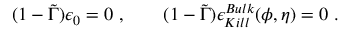
( 1 - \tilde { \Gamma } ) \epsilon _ { 0 } = 0 \ , \qquad ( 1 - \tilde { \Gamma } ) \epsilon _ { K i l l } ^ { B u l k } ( \phi , \eta ) = 0 \ .